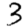
Digit: 3